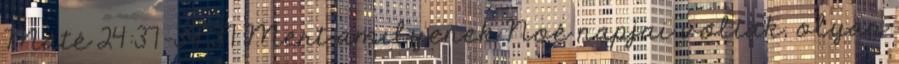
Máté 24:37-39 37 Mert amilyenek Noé napjai voltak, olyan